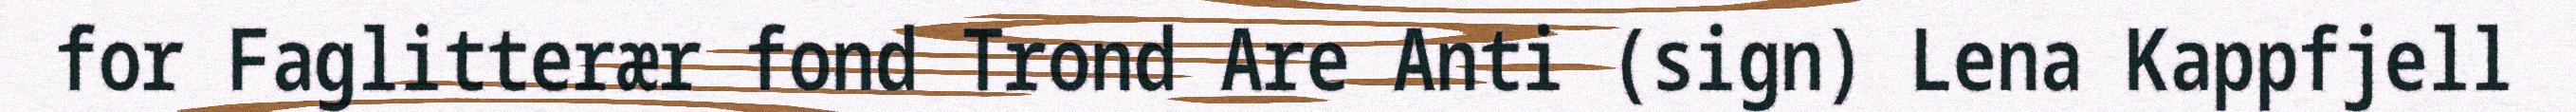
for Faglitterær fond Trond Are Anti (sign) Lena Kappfjell